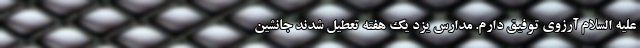
علیه السلام آرزوی توفیق دارم. مدارس یزد یک هفته تعطیل شدند جانشین